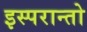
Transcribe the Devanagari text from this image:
इस्परान्तो